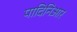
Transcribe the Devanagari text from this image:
पादिनिआर